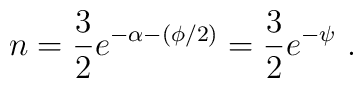
n = \frac{3}{2}  e^{-\alpha-(\phi/2)}  =   \frac{3}{2}  e^{-\psi} \ .